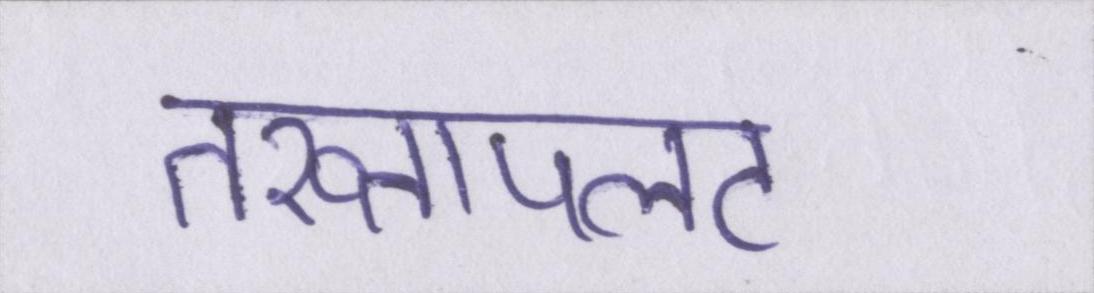
तख्तापलट